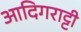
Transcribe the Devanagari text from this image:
आदिगराट्टी